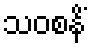
သဝစနိံ